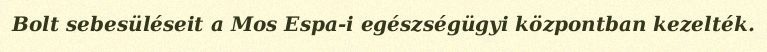
Bolt sebesüléseit a Mos Espa-i egészségügyi központban kezelték.